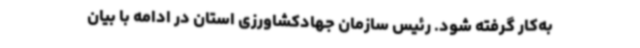
به‌کار گرفته شود. رئیس سازمان جهادکشاورزی استان در ادامه با بیان